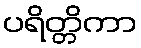
ပရိတ္တိကာ